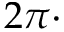
2 \pi \cdot